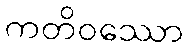
ကတိဝဿော